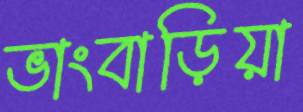
ভাংবাড়িয়া